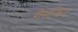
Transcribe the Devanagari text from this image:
गैसकिट